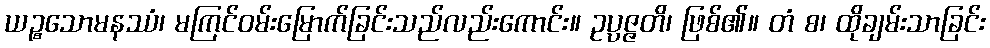
ယဉ္စသောမနဿံ၊ မကြင်ဝမ်းမြောက်ခြင်းသည်လည်းကောင်း။ ဥပ္ပဇ္ဇတိ၊ ဖြစ်၏။ တံ စ၊ ထိုချမ်းသာခြင်း